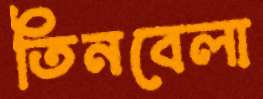
তিনবেলা